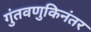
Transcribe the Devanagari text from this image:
गुंतवणुकिनंतर